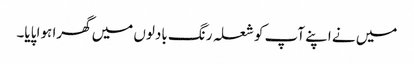
میں نے اپنے آپ کو شعلہ رنگ بادلوں میں گھرا ہوا پایا۔